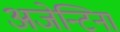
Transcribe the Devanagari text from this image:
अजेन्टिना